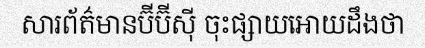
សារព័ត៌មានប៊ីប៊ីស៊ី ចុះផ្សាយអោយដឹងថា